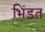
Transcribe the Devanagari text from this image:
भिंड़त